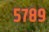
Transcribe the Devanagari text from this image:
५७८९